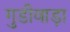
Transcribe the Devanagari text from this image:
गुडीवाड़ा